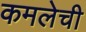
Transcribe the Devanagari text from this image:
कमलेची